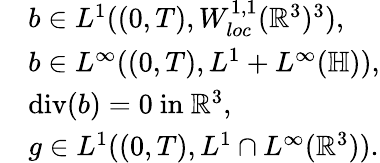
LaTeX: \begin{array}{rl}&{b\in L^{1}((0,T),W_{loc}^{1,1}(\mathbb{R}^{3})^{3}),}\\ &{b\in L^{\infty}((0,T),L^{1}+L^{\infty}(\mathbb{H})),}\\ &{\operatorname{div}(b)=0\mathrm{~in~}\mathbb{R}^{3},}\\ &{g\in L^{1}((0,T),L^{1}\cap L^{\infty}(\mathbb{R}^{3})).}\end{array}